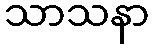
သာသနာ